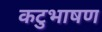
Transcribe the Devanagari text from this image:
कटुभाषण